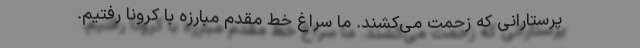
پرستارانی که زحمت می‌کشند. ما سراغ خط مقدم مبارزه با کرونا رفتیم.